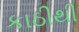
કાઠીથી